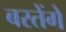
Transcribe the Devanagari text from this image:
बरतेंगे